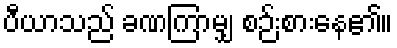
ပီယာသည် ခဏကြာမျှ စဉ်းစားနေ၏။